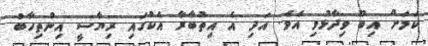
ކަމަށް އިބޫ ވިދާޅުވި އެވެ. އަދި އެ އިތުބާރާ އެކުގައި ރިޔާސީ އިންތިހާބު